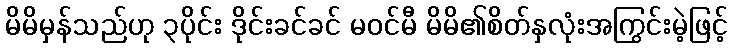
မိမိမှန်သည်ဟု ၃ပိုင်း ဒိုင်းခင်ခင် မဝင်မီ မိမိ၏စိတ်နှလုံးအကြွင်းမဲ့ဖြင့်